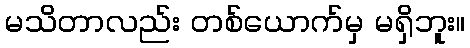
မသိတာလည်း တစ်ယောက်မှ မရှိဘူး။